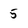
Character: 5